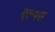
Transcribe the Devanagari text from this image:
एल्पस